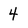
Character: 4